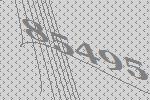
85495